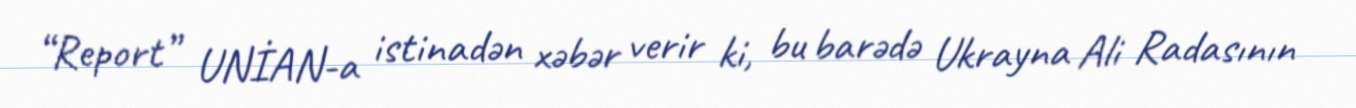
“Report” UNİAN-a istinadən xəbər verir ki, bu barədə Ukrayna Ali Radasının